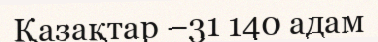
Қазақтар –31 140 адам